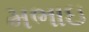
મભાઇ